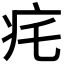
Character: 𤴱